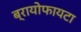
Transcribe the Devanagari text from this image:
ब्रायोफायटा